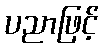
ပညာဖြင့်